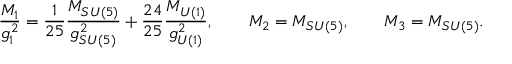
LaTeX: \frac { M _ { 1 } } { g _ { 1 } ^ { 2 } } = \frac { 1 } { 2 5 } \frac { M _ { S U ( 5 ) } } { g _ { S U ( 5 ) } ^ { 2 } } + \frac { 2 4 } { 2 5 } \frac { M _ { U ( 1 ) } } { g _ { U ( 1 ) } ^ { 2 } } , \qquad M _ { 2 } = M _ { S U ( 5 ) } , \qquad M _ { 3 } = M _ { S U ( 5 ) } .